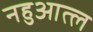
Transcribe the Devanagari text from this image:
नहुआत्ल